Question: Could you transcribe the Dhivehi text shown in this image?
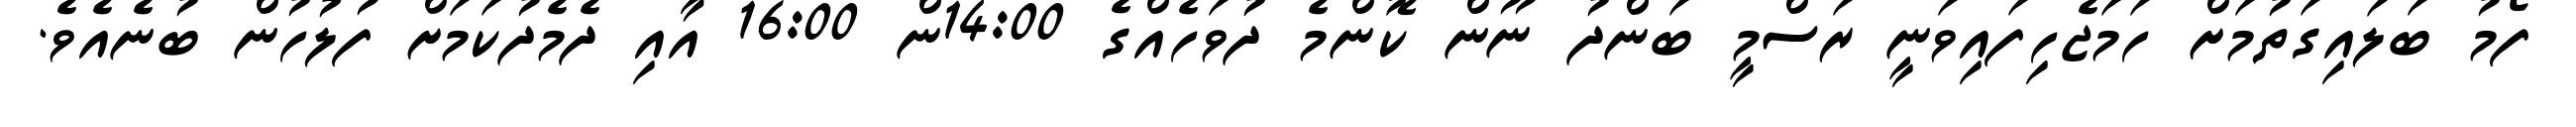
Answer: ފޯމު ބަލައިގަތުމަށް ހަމަޖެހިފައިވަނީ ރަސްމީ ބަންދު ނޫން ކޮންމެ ދުވަހެއްގެ 14:00ން 16:00 އާއި ދެމެދުކަމަށް ފުލުހުން ބުނެއެވެ.